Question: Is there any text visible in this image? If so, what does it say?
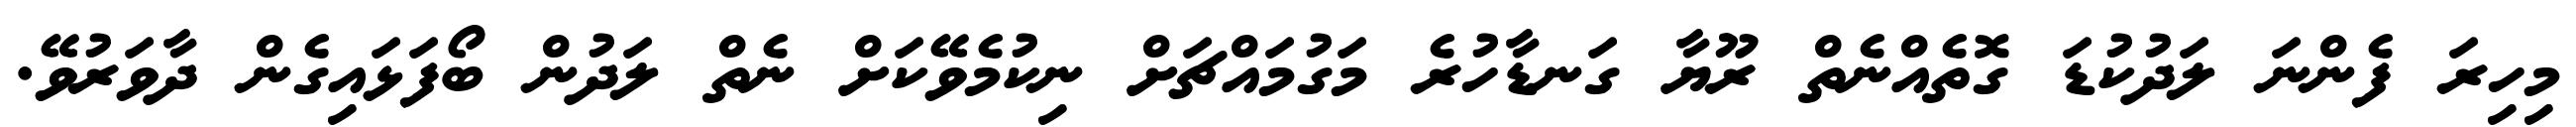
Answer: މިހިރަ ފެންނަ ލަދުކުޑަ ގޮތެއްނެތް ރޫޔާ ގަނޑާހުރެ މަގުމައްޗަށް ނިކުމެވޭކަށް ނެތް ލަދުން ބޯފަޅައިގެން ދާވަރުވޭ.